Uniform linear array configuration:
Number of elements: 48
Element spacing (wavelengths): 0.75
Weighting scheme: hamming
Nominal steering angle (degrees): -15
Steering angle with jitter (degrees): -14.821
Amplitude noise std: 0.05
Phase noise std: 0.05

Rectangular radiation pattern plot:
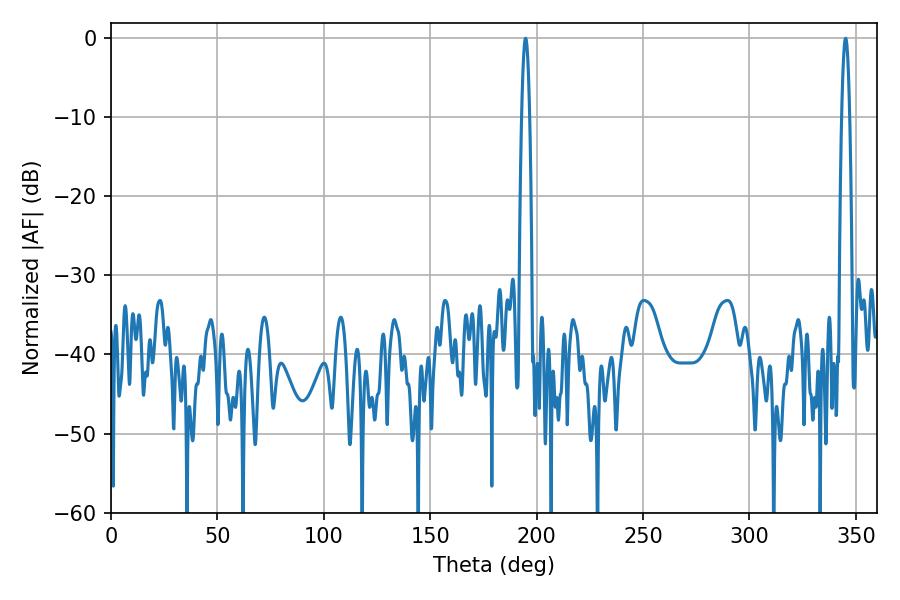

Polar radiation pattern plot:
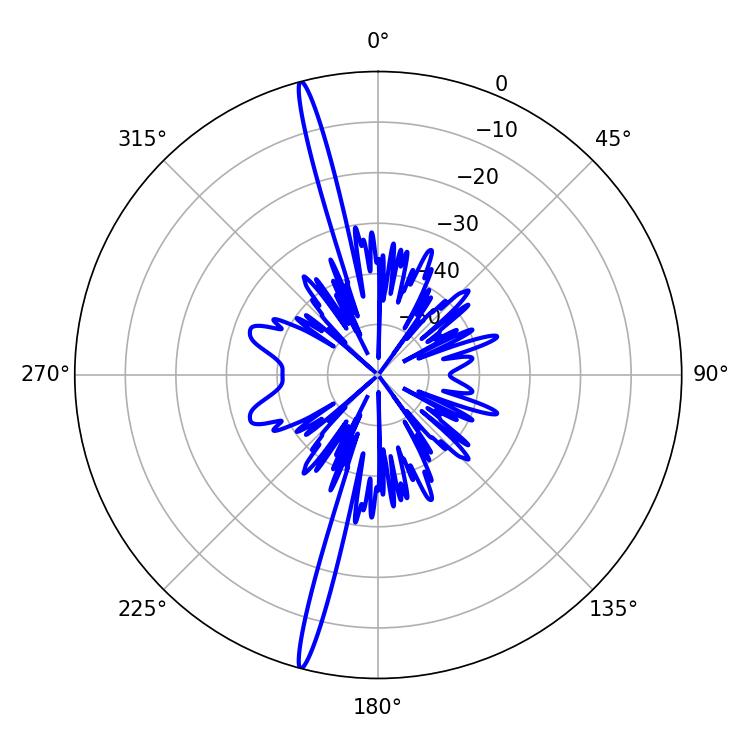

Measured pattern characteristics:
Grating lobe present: TRUE
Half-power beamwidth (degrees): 1.98
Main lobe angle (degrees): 194.76